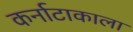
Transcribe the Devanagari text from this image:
कर्नाटाकाला